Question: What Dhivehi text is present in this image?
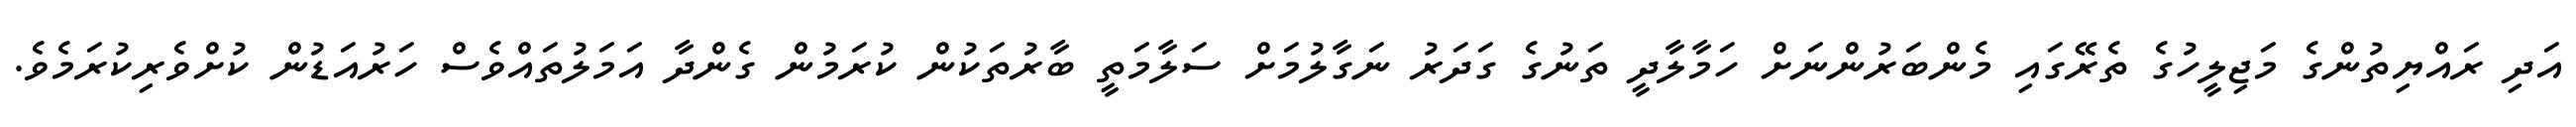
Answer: އަދި ރައްޔިތުންގެ މަޖިލީހުގެ ތެރޭގައި މެންބަރުންނަށް ހަމާލާދީ ތަނުގެ ގަދަރު ނަގާލުމަށް ސަލާމަތީ ބާރުތަކުން ކުރަމުން ގެންދާ އަމަލުތައްވެސް ހަރުއަޑުން ކުށްވެރިކުރަމެވެ.